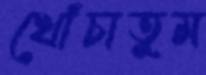
খোঁচাতুম